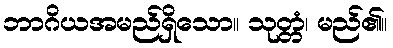
ဘာဂိယအမည်ရှိသော။ သုတ္တံ၊ မည်၏။